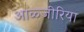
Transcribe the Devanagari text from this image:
आळ्जीरिया